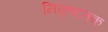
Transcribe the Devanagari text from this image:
निकृष्टतक